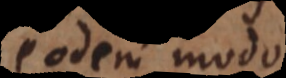
eodem mod